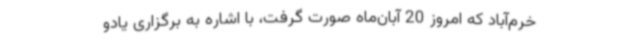
خرم‌آباد که امروز 20 آبان‌ماه صورت گرفت، با اشاره به برگزاری یادو